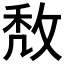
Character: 𢽈